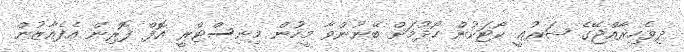
ދިވެހިރާއްޖޭގެ ޝަރުޢީ ކޯޓަކުން ހޯދުމަށް ބޭނުންވާ މީހުން މިނިސްޓްރީ އޮފް ފޮރިން އެފެއާޒުން